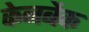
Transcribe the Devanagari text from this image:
केनबैक